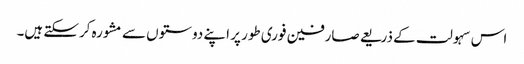
اس سہولت کے ذریعے صارفین فوری طور پر اپنے دوستوں سے مشورہ کرسکتے ہیں۔